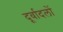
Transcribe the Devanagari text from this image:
दूर्वादलों